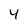
Character: 4